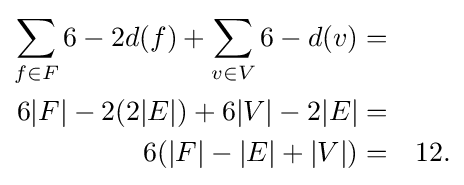
{\begin{aligned}\sum _{f\in F}6-2d(f)+\sum _{v\in V}6-d(v)=&\\6|F|-2(2|E|)+6|V|-2|E|=&\\6(|F|-|E|+|V|)=&&12.\end{aligned}}